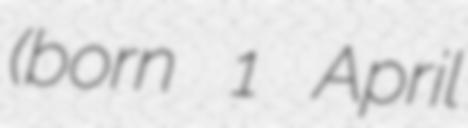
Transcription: (born 1 April